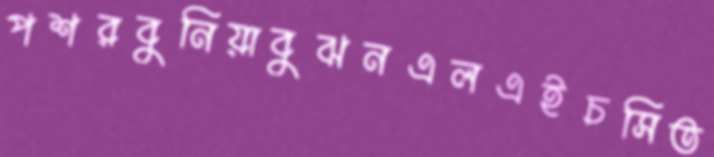
পশরবুনিয়াবুঝনএলএইচসিত